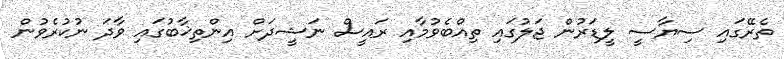
ތެރޭގައި ސިޔާސީ ލީޑަރުން ޖަލުގައި ތިއްބެވުމާއި ރައީސް ނަޝީދަށް އިންތިޚާބުގައި ވާދަ ނުކުރެވުން